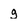
Character: g